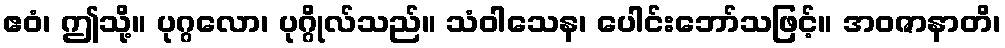
ဧဝံ၊ ဤသို့။ ပုဂ္ဂလော၊ ပုဂ္ဂိုလ်သည်။ သံဝါသေန၊ ပေါင်းဘော်သဖြင့်။ အဝဇာနာတိ၊